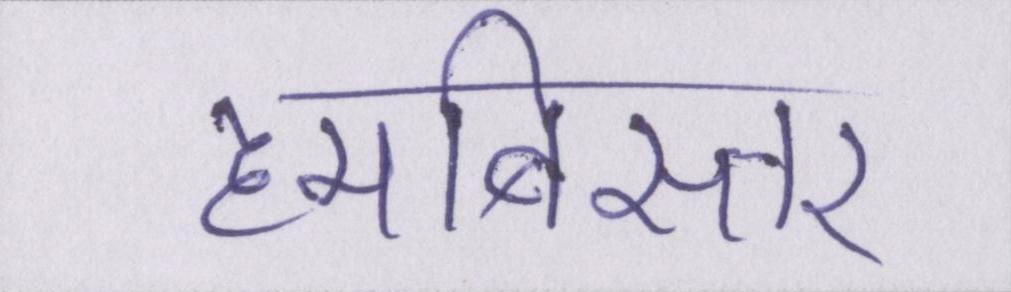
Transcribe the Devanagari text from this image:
हमबिस्तर